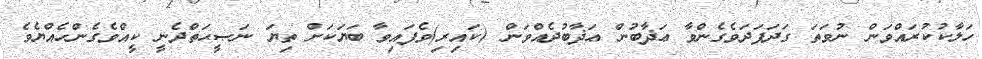
ހަލާކުކުރައްވަން ނުވަތަ ގަދަފަދަވެގެންވާ ޢަޛާބުން ޢަޛާބުދެއްވަން (ކައިރި)ވެފައިވާ ބަޔަކަށް ތިޔަ ނަޞީޙަތްދެނީ ކީއްވެގެންހެއްޔެވެ